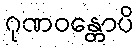
ဂုဏဝန္တောပိ